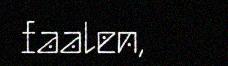
faalen,